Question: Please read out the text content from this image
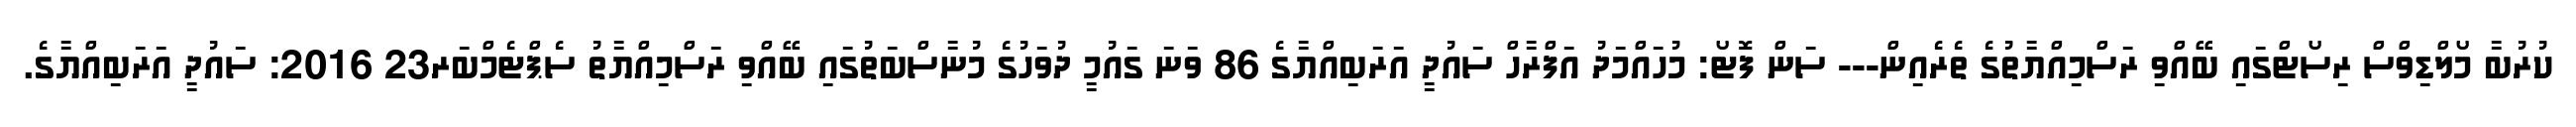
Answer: ކުރުބާ މޯލްޑިވްސް ރިސޯޓްގައި ބޭއްވި ރަސްމިއްޔާތުގެ ތެރެއިން--- ސަން ފޮޓޯ: މުހައްމަދު އަފްރާހް ސައުދީ އަރަބިއްޔާގެ 86 ވަނަ ގައުމީ ދުވަހުގެ މުނާސްބަތުގައި ބޭއްވި ރަސްމިއްޔާތު ސެޕްޓެމްބަރ23 2016: ސައުދީ އަރަބިއްޔާގެ.